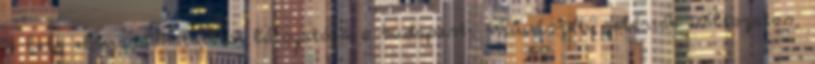
s lett elmaradhatatlan látogatója a budapesti művészeti galériák változatos,